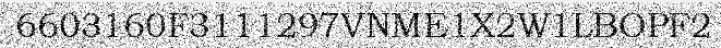
6603160F3111297VNME1X2W1LBOPF2